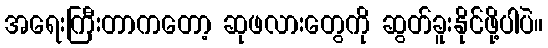
အရေးကြီးတာကတော့ ဆုဖလားတွေကို ဆွတ်ခူးနိုင်ဖို့ပါပဲ။